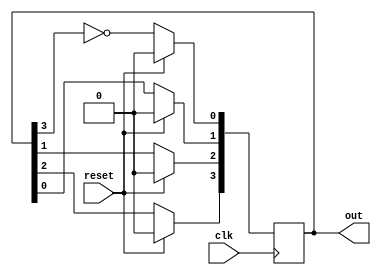
module johnson_counter( out,reset,clk);
input clk,reset;
output [3:0] out;
 
reg [3:0] q;
 
always @(posedge clk)
begin
 
if(reset)
 q=4'd0;
 else
 	begin 
 		q[3]<=q[2];
  		q[2]<=q[1];
  		q[1]<=q[0];
   		q[0]<=(~q[3]);
 	end
 end
 
assign out=q;  
endmodule